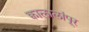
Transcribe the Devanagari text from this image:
क्वालालांपूर